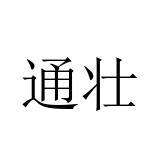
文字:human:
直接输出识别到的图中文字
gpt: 通壮